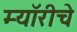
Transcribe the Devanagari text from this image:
म्यॉरीचे